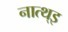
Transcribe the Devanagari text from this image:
नात्थ्इ